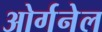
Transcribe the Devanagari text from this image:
ओर्गनेल